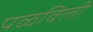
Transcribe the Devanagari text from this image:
पळविली